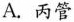
A.丙管